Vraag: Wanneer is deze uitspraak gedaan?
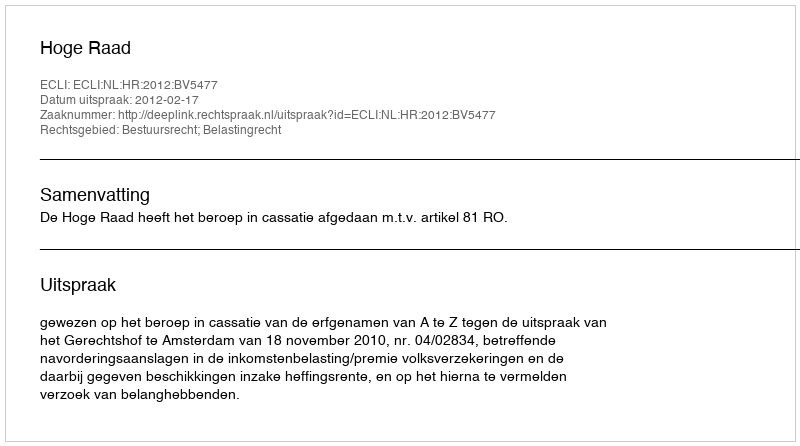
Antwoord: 2012-02-17